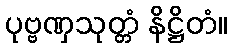
ပုဗ္ဗဏှသုတ္တံ နိဋ္ဌိတံ။